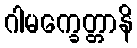
ဂါမက္ခေတ္တာနိ